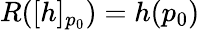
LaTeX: R([h]_{p_{0}})=h(p_{0})